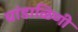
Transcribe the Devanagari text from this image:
चांडाळिणी